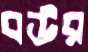
বউর